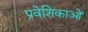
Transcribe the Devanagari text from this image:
प्रवेशिकाओं